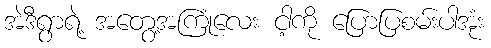
အဲဒီရွာရဲ့ အတွေ့အကြုံလေး ငါ့ကို ပြောပြစမ်းပါအုံး